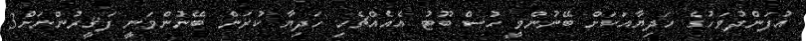
އުފަންދުވަހުގެ ހަދިޔާއަކަށް ބޭނުންވީ ހުސް ބޫޓު އެއެއްޗެހި ހަދިޔާ ކުރަން ބޭނުންވަނީ ފަޤީރުންނަށް3